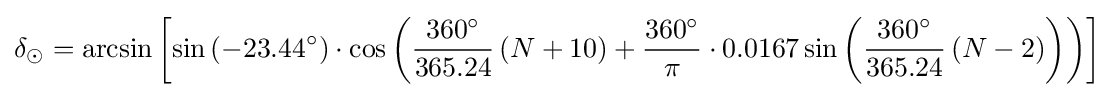
\delta _{\odot }=\arcsin \left[\sin \left(-23.44^{\circ }\right)\cdot \cos \left({\frac {360^{\circ }}{365.24}}\left(N+10\right)+{\frac {360^{\circ }}{\pi }}\cdot 0.0167\sin \left({\frac {360^{\circ }}{365.24}}\left(N-2\right)\right)\right)\right]